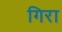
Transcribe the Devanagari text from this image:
गिरा